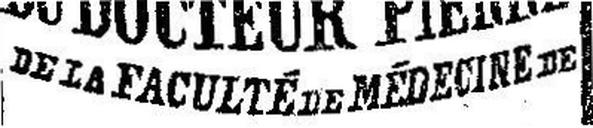
DE LA FACULTÉ DE MÉDECINE DE